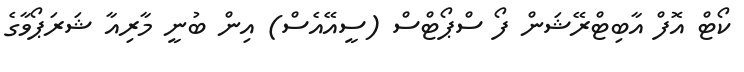
ކޯޓް އޮފް އާބިޓްރޭޝަން ފޯ ސްޕޯޓްްސް (ސީއޭއެސް) އިން ބުނީ މާރިއާ ޝަރަޕޯވާގެ